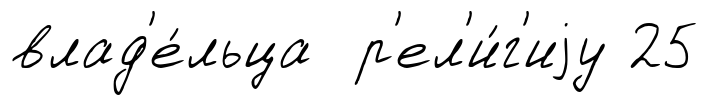
влад'е́льца р'ел'и́г'иjу 25